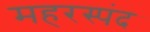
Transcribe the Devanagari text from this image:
महरस्पंद